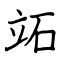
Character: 䇉